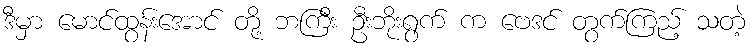
ဒီမှာ မောင်ထွန်းအောင် တို့ ဘကြီး ဦးဘိုးရွက် က ဗေဒင် တွက်ကြည့် သတဲ့